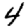
Digit: 4